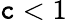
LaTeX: \mathtt{c}<1